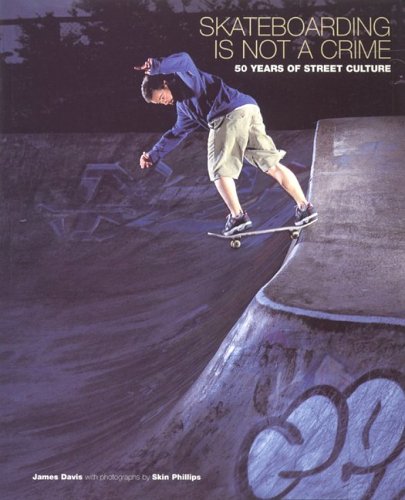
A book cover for Skateboarding is Not a Crime: 50 Years of Street Culture; James Davis; Sports & Outdoors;